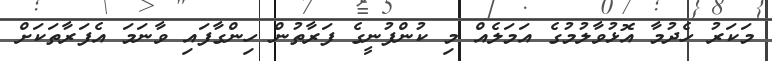
މަކަރު ހެދުމާ އޮޅުވާލުމުގެ އަމަލެއް މި ކުންފުނީގެ ފަރާތުން ހިންގާފައި ވާނަމަ އެފަރާތަކަށް